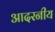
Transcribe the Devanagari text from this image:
आदरनीय